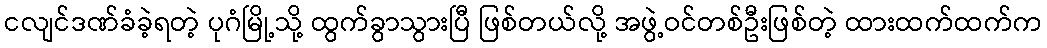
ငလျင်ဒဏ်ခံခဲ့ရတဲ့ ပုဂံမြို့သို့ ထွက်ခွာသွားပြီ ဖြစ်တယ်လို့ အဖွဲ့ဝင်တစ်ဦးဖြစ်တဲ့ ထားထက်ထက်က